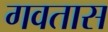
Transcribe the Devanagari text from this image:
गवतास